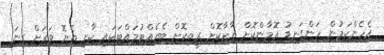
އެހެންކަމުން ހަންގަނޑު އޮމާންކޮށް ތާޒާކޮށް ރީތިކޮށް ބެހެއްޓުމައްޓަކައި ކާށި ތެޔޮ ވަރަށް ގިނަ